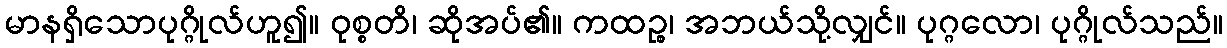
မာနရှိသောပုဂ္ဂိုလ်ဟူ၍။ ဝုစ္စတိ၊ ဆိုအပ်၏။ ကထဉ္စ၊ အဘယ်သို့လျှင်။ ပုဂ္ဂလော၊ ပုဂ္ဂိုလ်သည်။